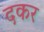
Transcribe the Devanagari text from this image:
दकर